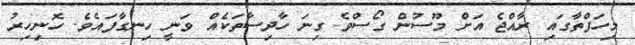
މިހަފްތާގައި ރާއްޖެ އަށް މޫސުން ގޯސްވެ ގިނަ ހާދިސާތަކެއް ވަނީ ހިނގާފައެވެ. ހޮނިހިރު